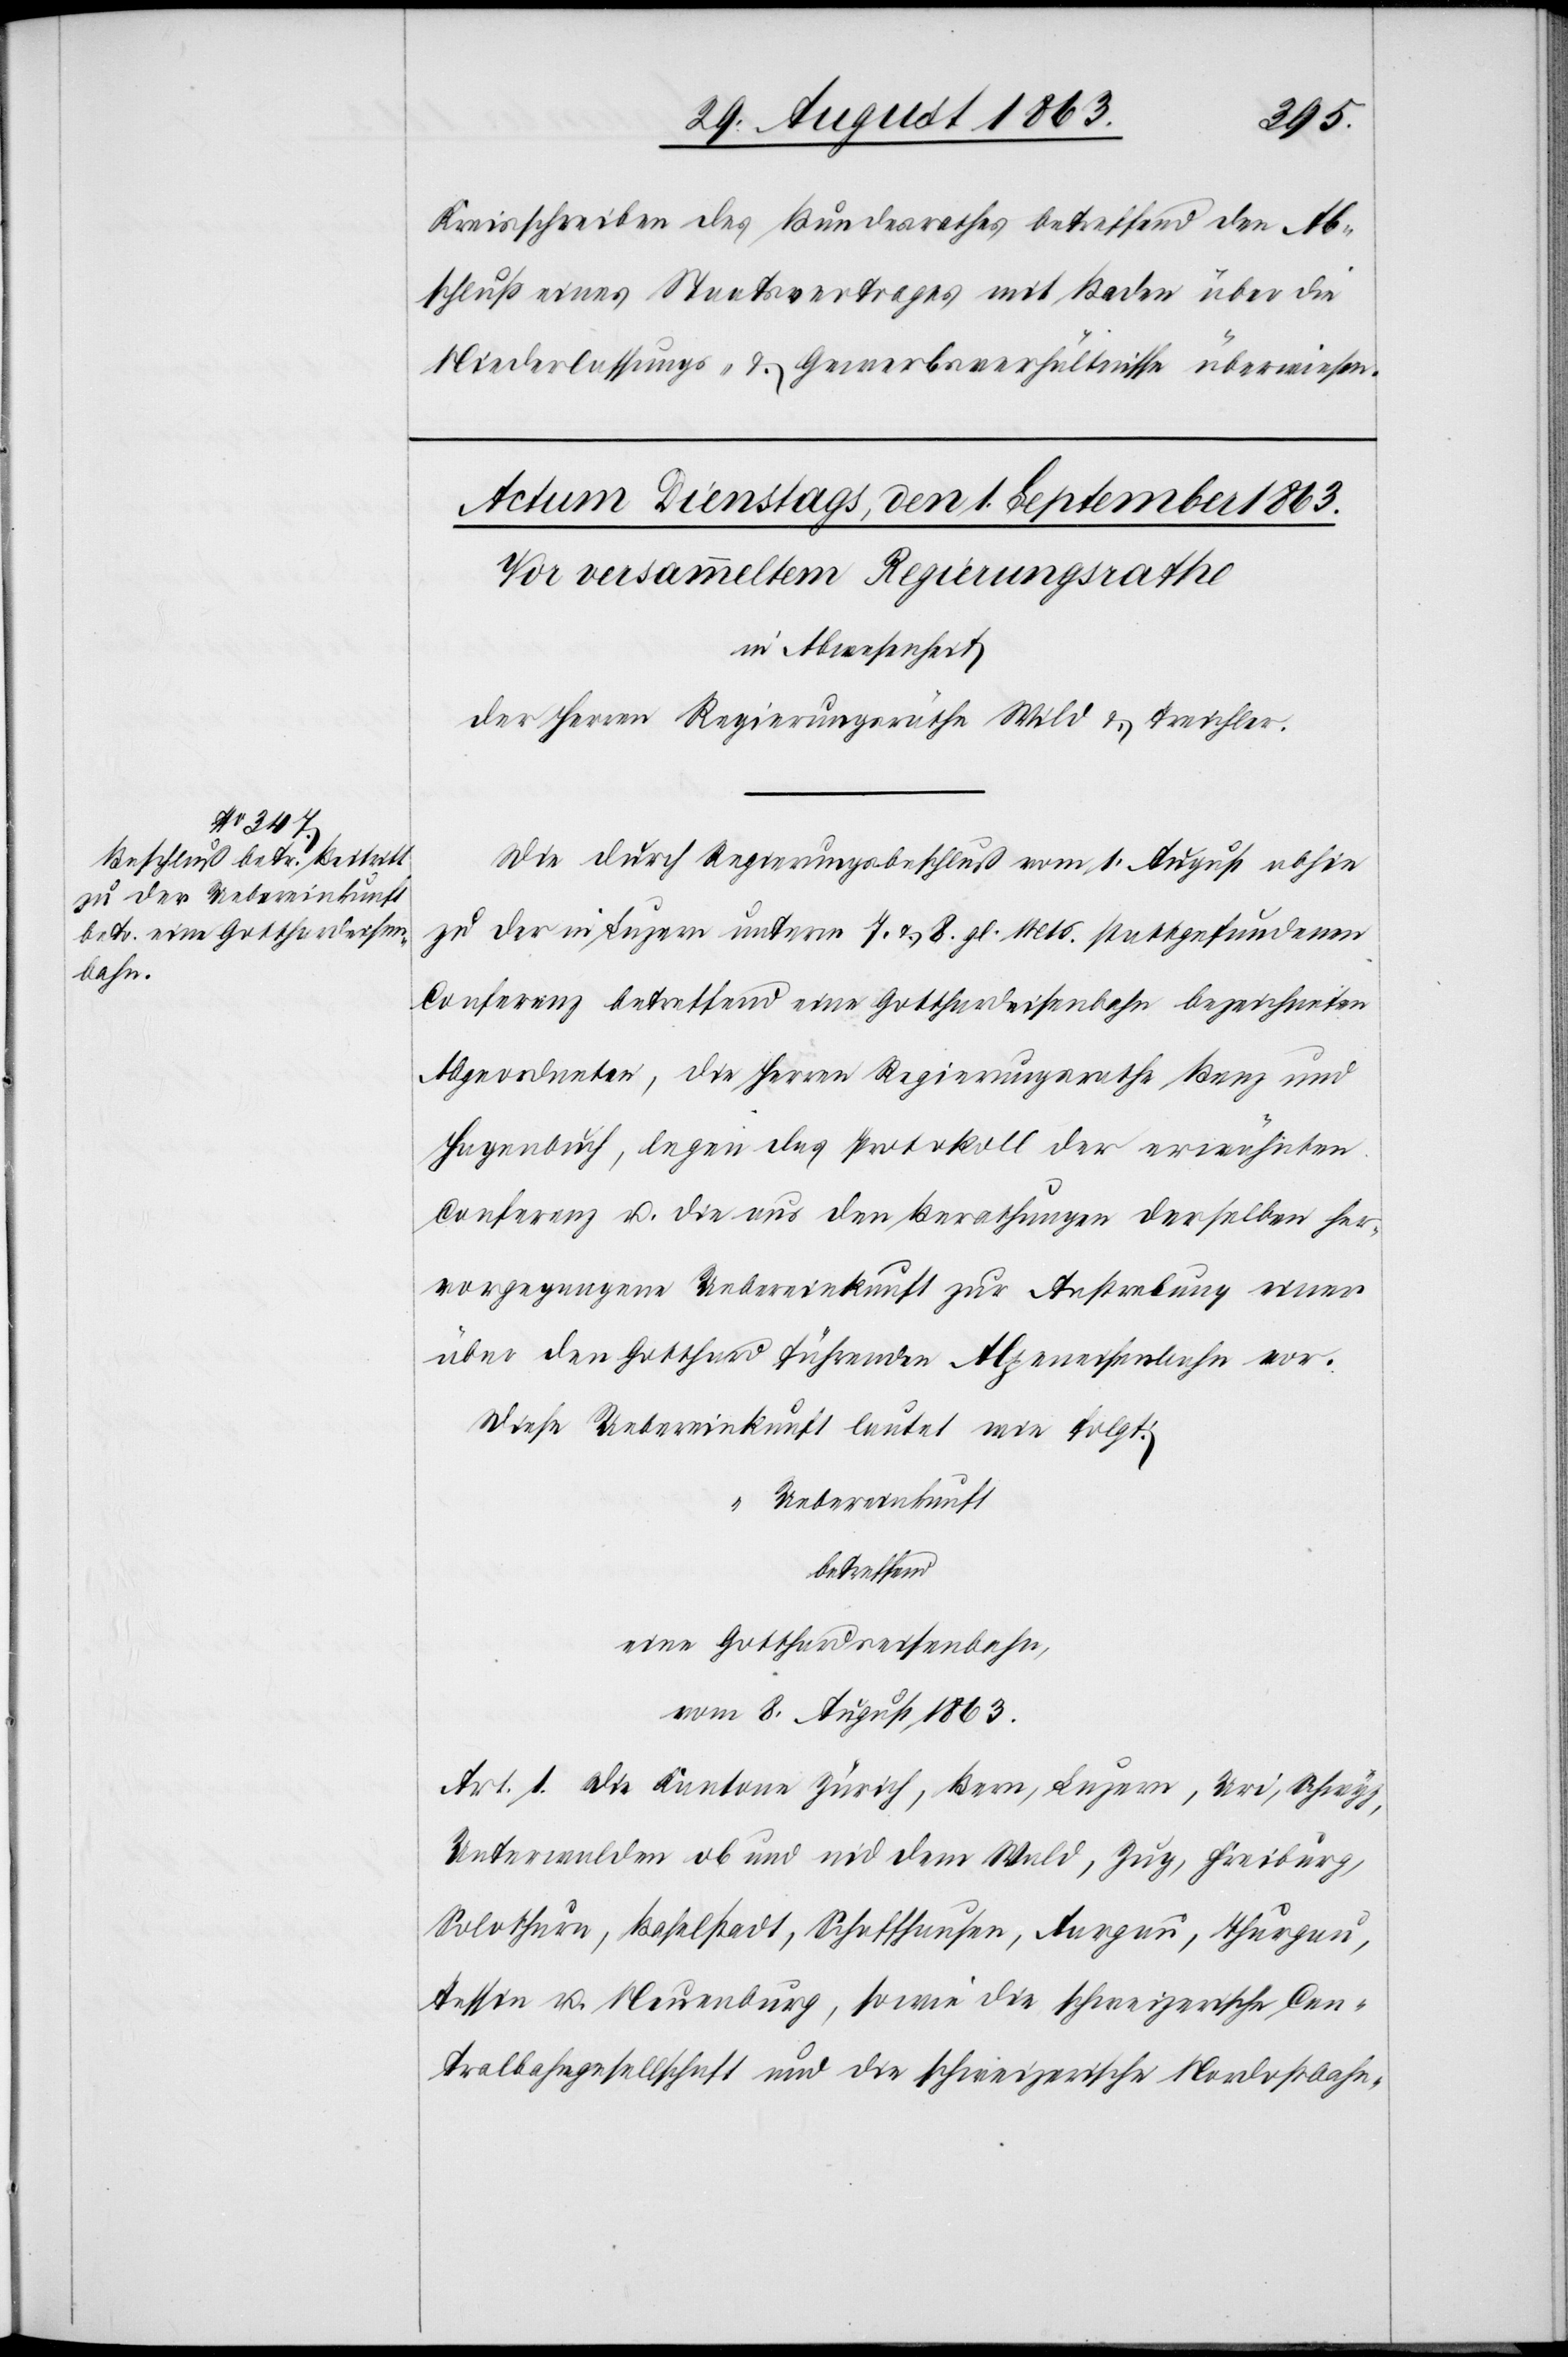
Kreisschreiben des Bundesrathes betreffend den Ab¬
schluß eines Staatsvertrages mit Baden über die
Niederlassungs- & Gewerbsverhältnisse überwiesen.
Die durch Regierungsbeschluß vom 1. August abhin
zu der in Luzern unterm 7. & 8. gl. Mts. stattgefundenen
Conferenz betreffend eine Gotthardeisenbahn bezeichneten
Abgeordneten, die Herren Regierungsrathe [sic!] Benz und
Hagenbuch, legen das Protokoll der erwähnten
Conferenz u. die aus den Berathungen derselben her¬
vorgegangene Uebereinkunft zur Anstrebung einer
über den Gotthard führenden Alpeneisenbahn vor.
Diese Uebereinkunft lautet wie folgt:
„Uebereinkunft
betreffend
eine Gotthardseisenbahn,
vom 8. August 1863.
Art. 1. Die Kantone Zürich, Bern, Luzern, Uri, Schwyz,
Unterwalden ob und nid dem Wald, Zug, Freiburg,
Solothurn, Baselstadt, Schaffhausen, Aargau, Thurgau,
Tessin u. Neuenburg, sowie die schweizerische Cen¬
tralbahngesellschaft und die schweizerische Nordostbahn-